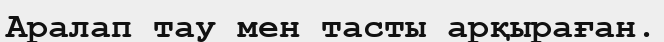
Аралап тау мен тасты арқыраған.